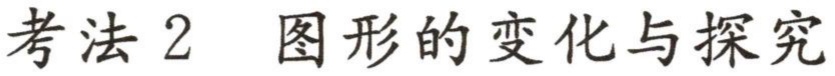
考法 2  图形的变化与探究